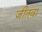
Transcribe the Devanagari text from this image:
जीतवा